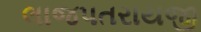
લાજપતરાયજી